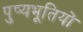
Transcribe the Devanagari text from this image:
पुष्यभूतियों